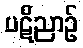
ပဋိညာဉ်